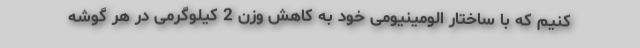
کنیم که با ساختار الومینیومی خود به کاهش وزن 2 کیلوگرمی در هر گوشه